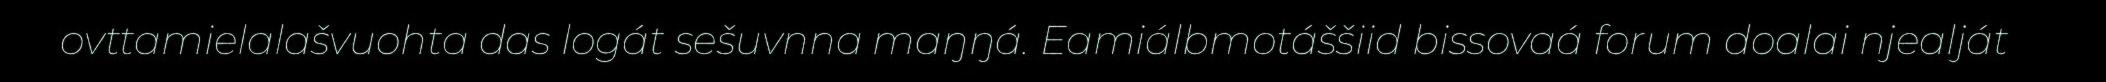
ovttamielalašvuohta das logát sešuvnna maŋŋá. Eamiálbmotáššiid bissovaá forum doalai njealját